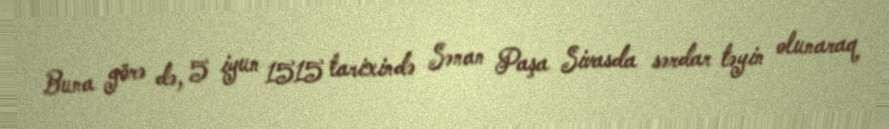
Buna görə də, 5 iyun 1515 tarixində Sənan Paşa Sivasda sərdar təyin olunaraq